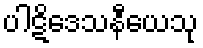
ပါဋိဒေသနီယေသု